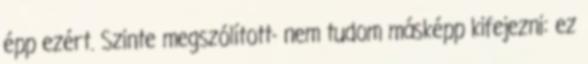
épp ezért. Szinte megszólított- nem tudom másképp kifejezni: ez